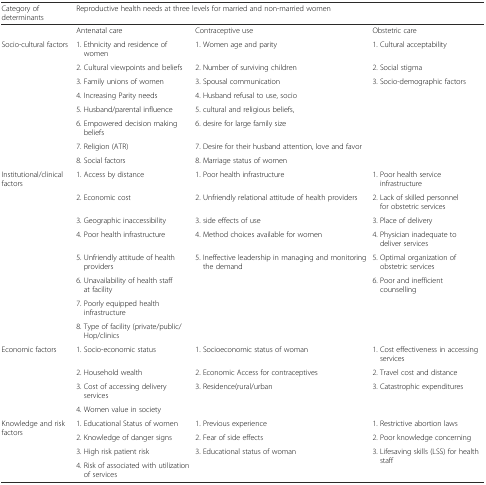
<table><thead><tr><td><b>Category of determinants</b></td><td colspan="3"><b>Reproductive health needs at three levels for married and non-married women</b></td></tr></thead><tbody><tr><td></td><td>Antenatal care</td><td>Contraceptive use</td><td>Obstetric care</td></tr><tr><td rowspan="8">Socio-cultural factors</td><td>1. Ethnicity and residence of women</td><td>1. Women age and parity</td><td>1. Cultural acceptability</td></tr><tr><td>2. Cultural viewpoints and beliefs</td><td>2. Number of surviving children</td><td>2. Social stigma</td></tr><tr><td>3. Family unions of women</td><td>3. Spousal communication</td><td rowspan="6">3. Socio-demographic factors</td></tr><tr><td>4. Increasing Parity needs</td><td>4. Husband refusal to use, socio</td></tr><tr><td>5. Husband/parental influence</td><td>5. cultural and religious beliefs,</td></tr><tr><td>6. Empowered decision making beliefs</td><td>6. desire for large family size</td></tr><tr><td>7. Religion (ATR)</td><td>7. Desire for their husband attention, love and favor</td></tr><tr><td>8. Social factors</td><td>8. Marriage status of women</td></tr><tr><td rowspan="8">Institutional/clinical factors</td><td>1. Access by distance</td><td>1. Poor health infrastructure</td><td>1. Poor health service infrastructure</td></tr><tr><td>2. Economic cost</td><td>2. Unfriendly relational attitude of health providers</td><td>2. Lack of skilled personnel for obstetric services</td></tr><tr><td>3. Geographic inaccessibility</td><td>3. side effects of use</td><td>3. Place of delivery</td></tr><tr><td>4. Poor health infrastructure</td><td>4. Method choices available for women</td><td>4. Physician inadequate to deliver services</td></tr><tr><td>5. Unfriendly attitude of health providers</td><td rowspan="4">5. Ineffective leadership in managing and monitoring the demand</td><td>5. Optimal organization of obstetric services</td></tr><tr><td>6. Unavailability of health staff at facility</td><td rowspan="3">6. Poor and inefficient counselling</td></tr><tr><td>7. Poorly equipped health infrastructure</td></tr><tr><td>8. Type of facility (private/public/Hop/clinics</td></tr><tr><td rowspan="4">Economic factors</td><td>1. Socio-economic status</td><td>1. Socioeconomic status of woman</td><td>1. Cost effectiveness in accessing services</td></tr><tr><td>2. Household wealth</td><td>2. Economic Access for contraceptives</td><td>2. Travel cost and distance</td></tr><tr><td>3. Cost of accessing delivery services</td><td rowspan="2">3. Residence(rural/urban</td><td rowspan="2">3. Catastrophic expenditures</td></tr><tr><td>4. Women value in society</td></tr><tr><td rowspan="4">Knowledge and risk factors</td><td>1. Educational Status of women</td><td>1. Previous experience</td><td>1. Restrictive abortion laws</td></tr><tr><td>2. Knowledge of danger signs</td><td>2. Fear of side effects</td><td>2. Poor knowledge concerning</td></tr><tr><td>3. High risk patient risk</td><td rowspan="2">3. Educational status of woman</td><td rowspan="2">3. Lifesaving skills (LSS) for health staff</td></tr><tr><td>4. Risk of associated with utilization of services</td></tr></tbody></table>